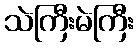
သဲကြီးမဲကြီး